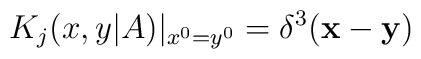
K_j(x,y|A) |_{x^0=y^0} = \delta^3({\bf x}-{\bf y})